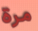
مرة